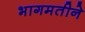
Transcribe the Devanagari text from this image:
भागमतीने